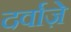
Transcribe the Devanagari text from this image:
दर्वाज़े